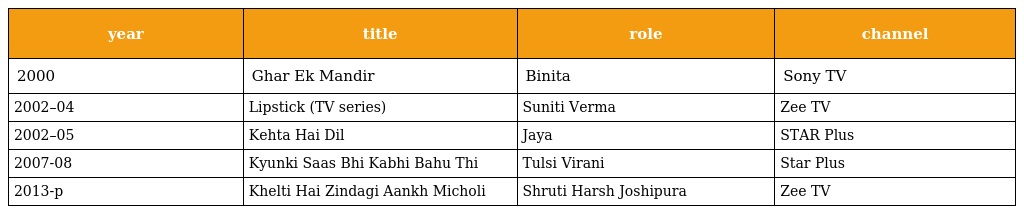
| year | title | role | channel |
 | --- | --- | --- | --- |
 | 2000 | Ghar Ek Mandir | Binita | Sony TV |
 | 2002–04 | Lipstick (TV series) | Suniti Verma | Zee TV |
 | 2002–05 | Kehta Hai Dil | Jaya | STAR Plus |
 | 2007-08 | Kyunki Saas Bhi Kabhi Bahu Thi | Tulsi Virani | Star Plus |
 | 2013-p | Khelti Hai Zindagi Aankh Micholi | Shruti Harsh Joshipura | Zee TV |